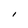
Character: I